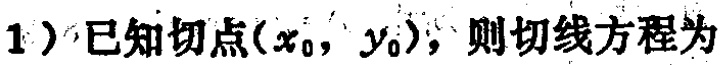
1）已知切点\((x_{0},y_{0})\)，则切线方程为